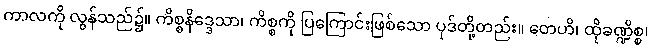
ကာလကို လွန်သည်၌။ ကိစ္စနိဒ္ဒေသာ၊ ကိစ္စကို ပြကြောင်းဖြစ်သော ပုဒ်တို့တည်း။ တေဟိ၊ ထိုခဏ္ဍိစ္စ၊